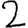
Digit: 2